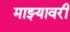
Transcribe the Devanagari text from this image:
माझ्यावरी